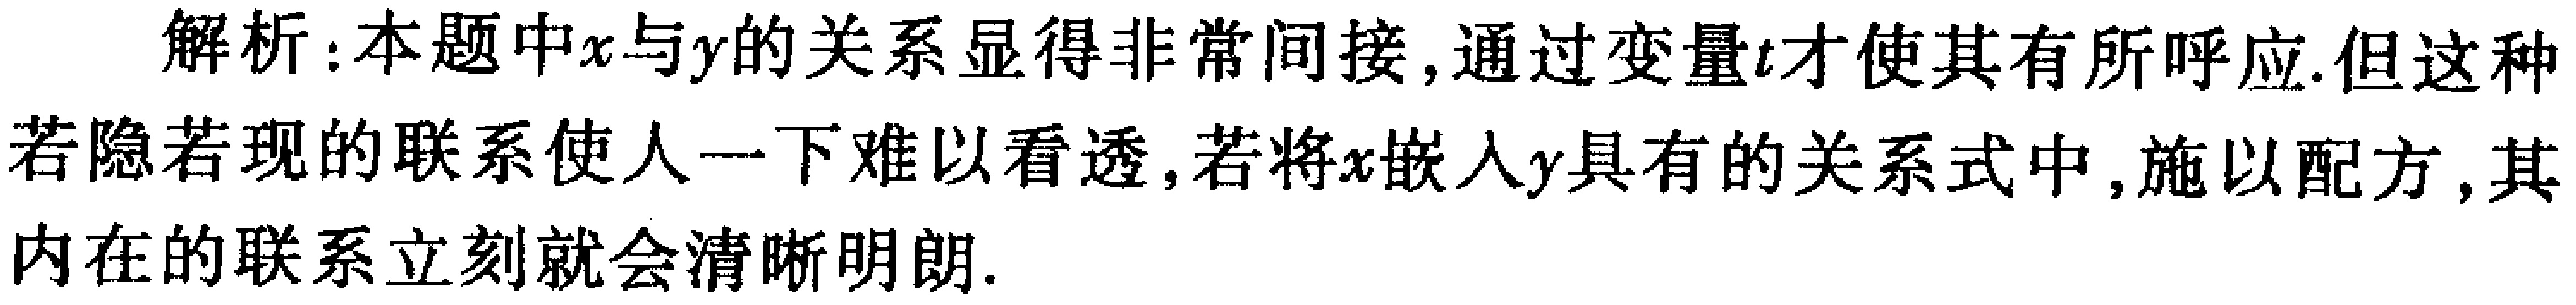
解析：本题中\(x\)与\(y\)的关系显得非常间接, 通过变量\(t\)才使其有所呼应. 但这种若隐若现的联系使人一下难以看透, 若将\(x\)嵌入\(y\)具有的关系式中, 施以配方, 其内在的联系立刻就会清晰明朗.